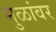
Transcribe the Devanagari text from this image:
मुळांवर